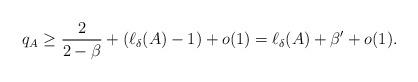
LaTeX: \begin{align*} q_A \geq \frac{2}{2- \beta} + (\ell_{\delta}(A) - 1) + o(1) = \ell_{\delta}(A) + \beta' +o(1).\end{align*}